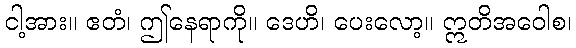
ငါ့အား။ ဧတံ၊ ဤနေရာကို။ ဒေဟိ၊ ပေးလော့။ ဣတိအဝေါစ၊